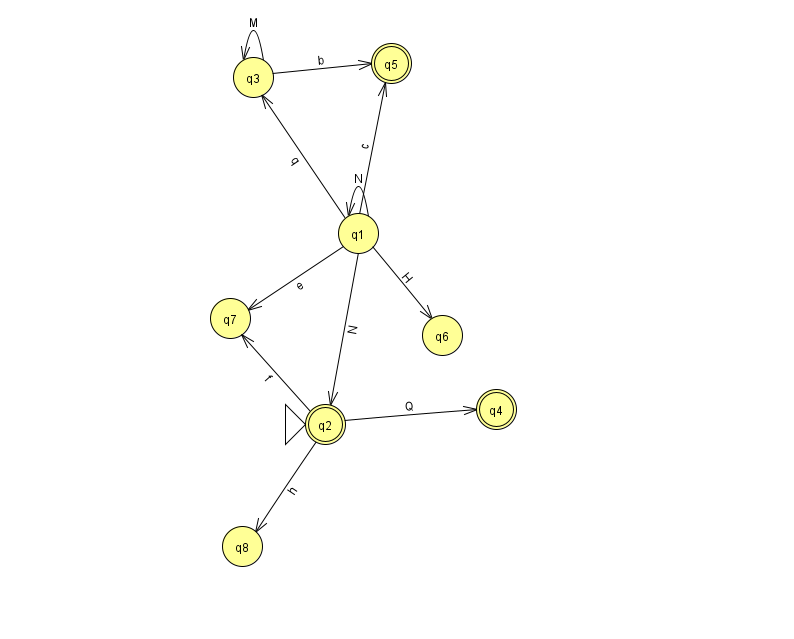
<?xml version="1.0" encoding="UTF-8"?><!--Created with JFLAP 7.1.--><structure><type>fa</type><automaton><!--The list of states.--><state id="1" name="q1"><x>358.0</x><y>220.0</y></state><state id="2" name="q2"><x>325.0</x><y>411.0</y><initial/><final/></state><state id="3" name="q3"><x>253.0</x><y>64.0</y></state><state id="4" name="q4"><x>496.0</x><y>396.0</y><final/></state><state id="5" name="q5"><x>391.0</x><y>50.0</y><final/></state><state id="6" name="q6"><x>442.0</x><y>322.0</y></state><state id="7" name="q7"><x>230.0</x><y>305.0</y></state><state id="8" name="q8"><x>242.0</x><y>533.0</y></state><!--The list of transitions.--><transition><from>2</from><to>7</to><read>f</read></transition><transition><from>1</from><to>3</to><read>q</read></transition><transition><from>1</from><to>6</to><read>H</read></transition><transition><from>1</from><to>2</to><read>N</read></transition><transition><from>2</from><to>8</to><read>h</read></transition><transition><from>1</from><to>7</to><read>e</read></transition><transition><from>2</from><to>4</to><read>Q</read></transition><transition><from>3</from><to>5</to><read>b</read></transition><transition><from>3</from><to>3</to><read>M</read></transition><transition><from>1</from><to>1</to><read>N</read></transition><transition><from>1</from><to>5</to><read>c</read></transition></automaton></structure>